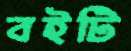
বইটি